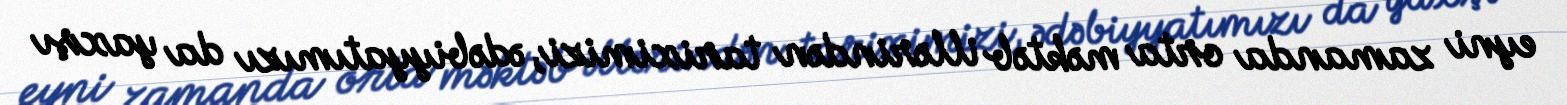
eyni zamanda orta məktəb illərindən tariximizi, ədəbiyyatımızı da yaxşı